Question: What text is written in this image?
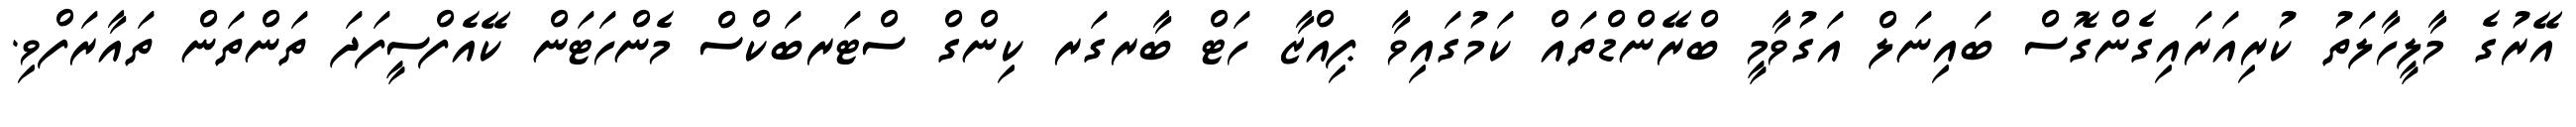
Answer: އޭރުގެ މާލީހާލަތު ކުރިއަރައިގެންގޮސް ބައިނަލް އަގުވާމީ ބްރޭންޑްތައް ކަމުގައިވާ ޕިއްޒާ ހަޓް ބާރގަރ ކިންގް ސްޓަރބަކްސް މެންހަޓަން ކޭއެފްސީފަދަ ތަންތަން ތައާރަފްވި.